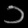
Digit: ၁